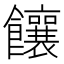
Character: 饟